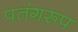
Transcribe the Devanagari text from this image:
पतंगरूप